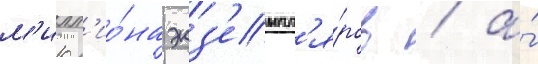
м'илл'ио́на экз'емпл'я́ров / а́